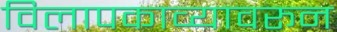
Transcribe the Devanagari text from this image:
विलापकाव्यावरून